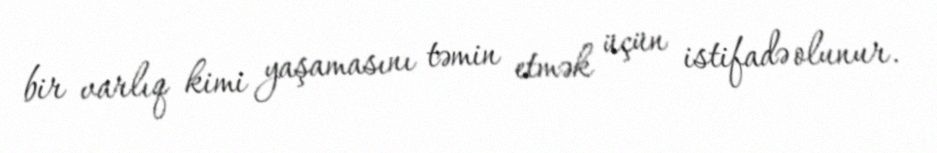
bir varlıq kimi yaşamasını təmin etmək üçün istifadə olunur.